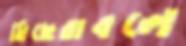
মিছেরাবলে